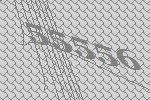
55556